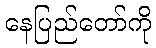
နေပြည်တော်ကို